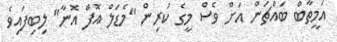
އަމީތާބް ބައްޗަން އަށް ވެސް މީގެ ކުރިން "މެޑަލް އޮފް އޮނާ" ލިބިފައިވެ